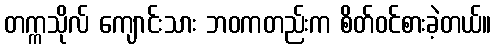
တက္ကသိုလ် ကျောင်းသား ဘဝကတည်းက စိတ်ဝင်စားခဲ့တယ်။